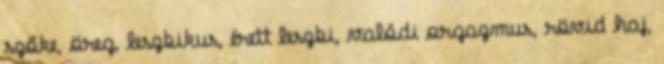
szőke, öreg, leszbikus, érett leszbi, valódi orgazmus, rövid haj,